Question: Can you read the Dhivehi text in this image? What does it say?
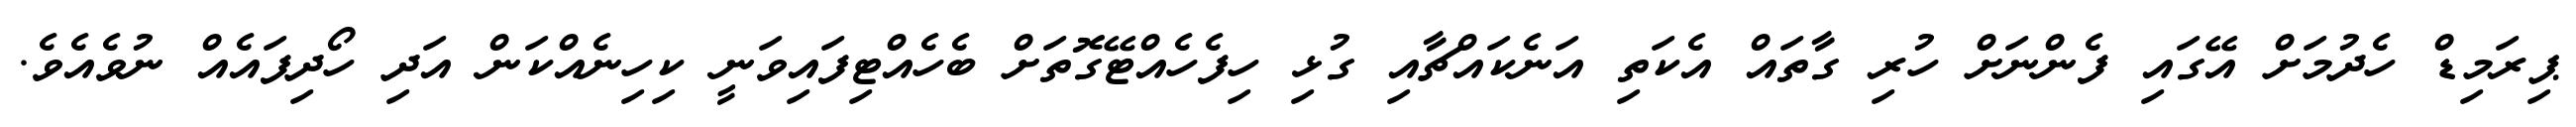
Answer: ޕިރަމިޑް ހެދުމަށް އޭގައި ފެންނަށް ހުރި ގާތައް އެކަތި އަނެކައްޗާއި ގުޅި ހިފެހެއްޓޭގޮތަށް ބެހެއްޓިފައިވަނީ ކިހިނެއްކަން އަދި ހޯދިފައެއް ނުވެއެވެ.